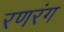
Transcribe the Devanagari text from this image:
रणरंग